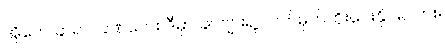
အိုကေ ဆရာ။ ခဏလေး ဒီမှာ ခင်ဗျားရဲ့ လက်မှတ်ထိုးပေးနိုင်မလား။